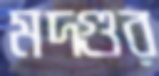
মদ্গুর